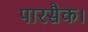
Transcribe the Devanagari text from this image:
पारसैक।